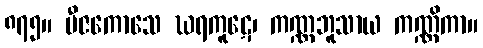
၈၇၅။ ဗီဇကောသေ ဃရကူဋေ၊ ကဏ္ဏဘူသာယ ကဏ္ဏိကာ။